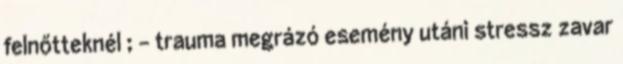
felnőtteknél ; - trauma megrázó esemény utáni stressz zavar